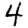
Digit: 4